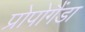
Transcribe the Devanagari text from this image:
प्रोपोगैंडा